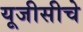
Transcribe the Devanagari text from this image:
यूजीसीचे